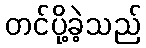
တင်ပို့ခဲ့သည်